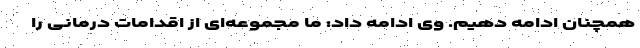
همچنان ادامه دهیم. وی ادامه داد: ما مجموعه‌ای از اقدامات درمانی را